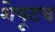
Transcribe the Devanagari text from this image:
शेपूटच